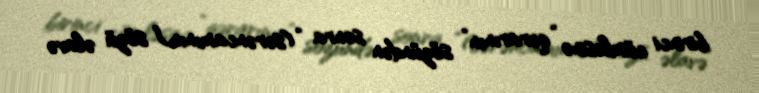
birinci cümləsinə “qərarının” sözündən sonra “(sərəncamının)” sözü əlavə